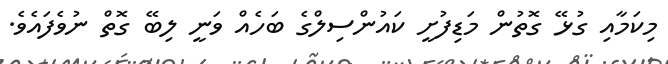
މިކަމާއި ގުޅޭ ގޮތުން މަޑިފުށީ ކައުންސިލްގެ ބަހެއް ވަނީ ލިބޭ ގޮތް ނުވެފައެވެ.